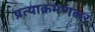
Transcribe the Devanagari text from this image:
प्रत्याक्रमणकर